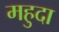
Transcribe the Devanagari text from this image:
महुदा